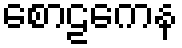
စောဠကေန